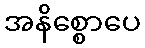
အနိစ္စောပေ